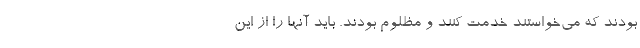
بودند که می‌خواستند خدمت کنند و مظلوم بودند. باید آنها را از این